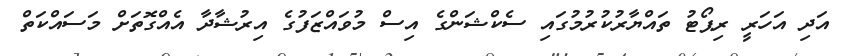
އަދި އަހަރީ ރިޕޯޓު ތައްޔާރުކުރުމުގައި ސެކްޝަންގެ އިސް މުވައްޒަފުގެ އިރުޝާދާ އެއްގޮތަށް މަސައްކަތް